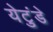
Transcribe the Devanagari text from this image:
येटुंडे